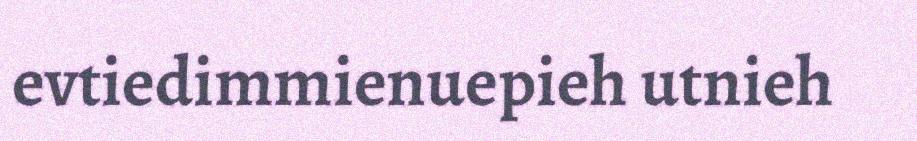
evtiedimmienuepieh utnieh